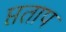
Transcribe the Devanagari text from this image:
प्तताप